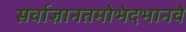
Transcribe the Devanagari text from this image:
सर्वाज्ञानतमोभेदभानवे